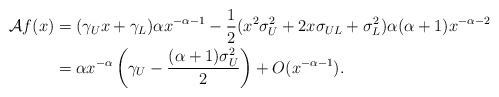
LaTeX: \begin{align*}\mathcal{A} f(x) & = (\gamma_U x + \gamma_L) \alpha x^{-\alpha -1} -\frac{1}{2} ( x^2 \sigma_U^2 + 2 x \sigma_{UL} + \sigma_L^2) \alpha (\alpha+1)x^{-\alpha-2} \\& =\alpha x^{-\alpha} \left( \gamma_U - \frac{(\alpha + 1) \sigma_U^2}{2} \right)+ O(x^{-\alpha -1}).\end{align*}